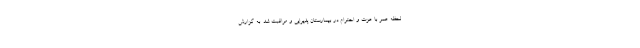
لحظه عمر با عزت و احترام در بیمارستان پذیرایی و مراقبت شد. به گزارش